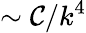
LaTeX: \sim\mathcal{C}/k^{4}